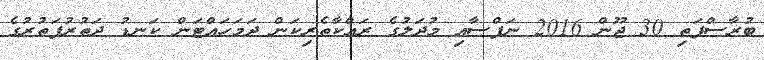
ބުރާސްފަތި 30 ޖޫން 2016 ނަފްސާއި މުދަލުގެ ރައްކާތެރިކަން ދަމަހައްޓަން ކަނޑު ދަތުރުފަތުރުގެ